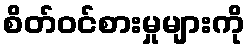
စိတ်ဝင်စားမှုများကို